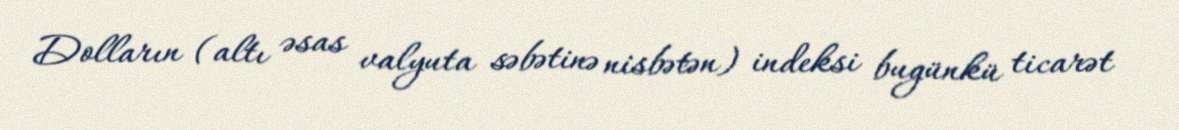
Dolların (altı əsas valyuta səbətinə nisbətən) indeksi bugünkü ticarət